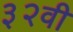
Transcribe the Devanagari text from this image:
३२वी